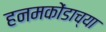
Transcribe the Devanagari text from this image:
हनमकोंडाच्या